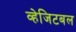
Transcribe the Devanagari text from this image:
व्हेजिटबल